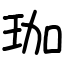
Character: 珈